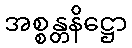
အစ္စန္တနိဋ္ဌော